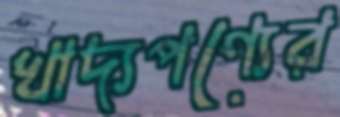
খাদ্যপণ্যের